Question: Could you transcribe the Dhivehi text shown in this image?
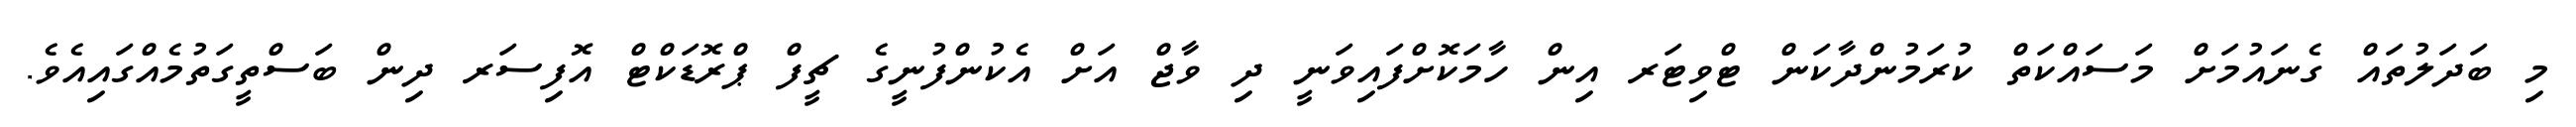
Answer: މި ބަދަލުތައް ގެނައުމަށް މަސައްކަތް ކުރަމުންދާކަން ޓްވިޓަރ އިން ހާމަކޮށްފައިވަނީ ދި ވާޖް އަށް އެކުންފުނީގެ ޗީފް ޕްރޮޑަކްޓް އޮފިސަރ ދިން ބަސްތީގަތުމެއްގައިއެވެ.